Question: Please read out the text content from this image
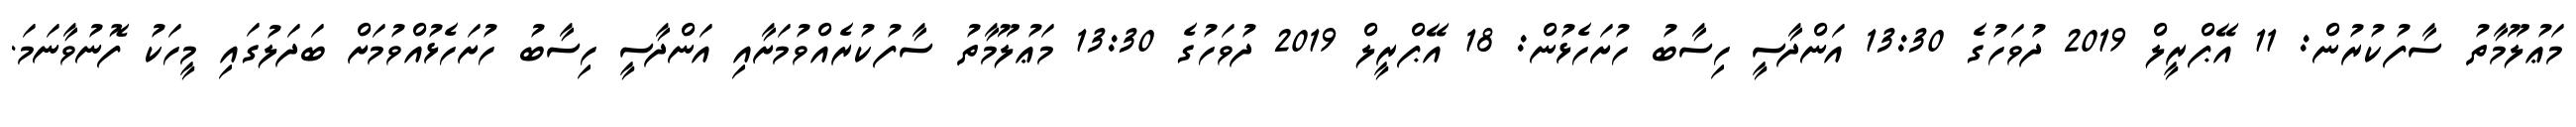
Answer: މަޢުލޫމާތު ސާފުކުރުން: 11 އޭޕްރީލް 2019 ދުވަހުގެ 13:30 އަންދާސީ ހިސާބު ހުށަހެޅުން: 18 އޭޕްރީލް 2019 ދުވަހުގެ 13:30 މަޢުލޫމާތު ސާފުކުރެއްވުމަށާއި އަންދާސީ ހިސާބު ހުށަހެޅުއްވުމަށް ބަދަލުގައި މީހަކު ފޮނުވާނަމަ.